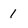
Character: 1